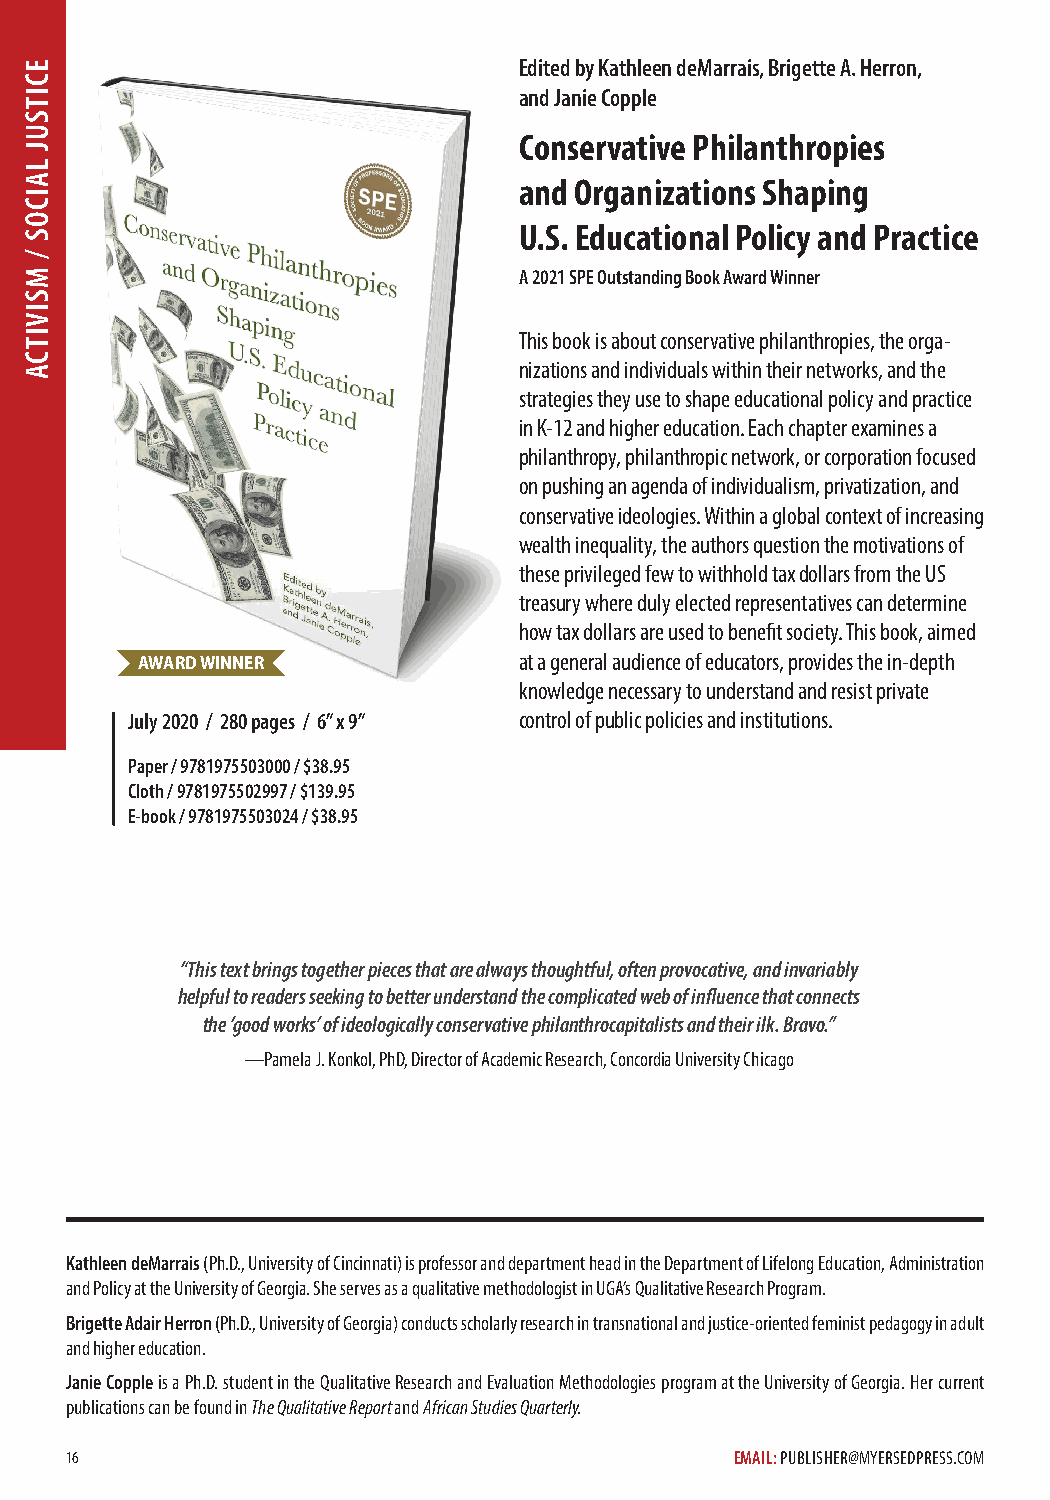
Edited by Kathleen deMarrais, Brigette A. Herron,
 and Janie Copple
 Conservative Philanthropies
 and Organizations Shaping
 U.S. Educational Policy and Practice
 A 2021 SPE Outstanding Book Award Winner
 This book is about conservative philanthropies, the orga-
 nizations and individuals within their networks, and the
 strategies they use to shape educational policy and practice
 in K-12 and higher education. Each chapter examines a
 philanthropy, philanthropic network, or corporation focused
 on pushing an agenda of individualism, privatization, and
 conservative ideologies. Within a global context of increasing
 wealth inequality, the authors question the motivations of
 these privileged few to withhold tax dollars from the US
 treasury where duly elected representatives can determine
 how tax dollars are used to benefit society. This book, aimed
 AWARD WINNER             at a general audience of educators, provides the in-depth
 knowledge necessary to understand and resist private
 July 2020 / 280 pages / 6” x 9” control of public policies and institutions.
 Paper / 9781975503000 / $38.95
 Cloth / 9781975502997 / $139.95
 E-book / 9781975503024 / $38.95
 “This text brings together pieces that are always thoughtful, often provocative, and invariably
 helpful to readers seeking to better understand the complicated web of influence that connects
 the ‘good works’ of ideologically conservative philanthrocapitalists and their ilk. Bravo.”
 —Pamela J. Konkol, PhD, Director of Academic Research, Concordia University Chicago
 Kathleen deMarrais (Ph.D., University of Cincinnati) is professor and department head in the Department of Lifelong Education, Administration
 and Policy at the University of Georgia. She serves as a qualitative methodologist in UGA’s Qualitative Research Program.
 Brigette Adair Herron (Ph.D., University of Georgia) conducts scholarly research in transnational and justice-oriented feminist pedagogy in adult
 and higher education.
 Janie Copple is a Ph.D. student in the Qualitative Research and Evaluation Methodologies program at the University of Georgia. Her current
 publications can be found in The Qualitative Report and African Studies Quarterly.
 16                                           EMAIL: PUBLISHER@MYERSEDPRESS.COM
 ECITSUJ
 LAICOS
 /
 MSIVITCA